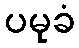
ပမုခံ